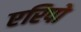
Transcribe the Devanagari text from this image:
एरिपो